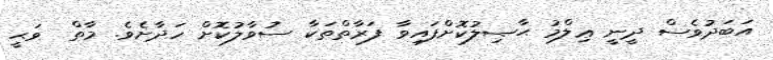
އަބަދުވެސް ދީނީ ޢިލްމު ޙާޞިލުކޮށްފައިވާ ފަރާތްތަކާ ސުވާލުކޮށް ހަދާށެވެ. މާތް  ވަޙީ